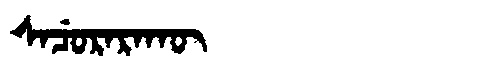
Manchu: ᠰᠠᠴᡠᡵᠠᡵᠠᡴᡡ
Romanization: SACURARAKŪ